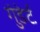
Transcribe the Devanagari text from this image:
गुंडेर्ट